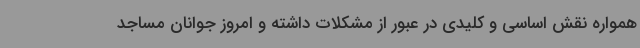
همواره نقش اساسی و کلیدی در عبور از مشکلات داشته و امروز جوانان مساجد